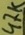
Text: 47K